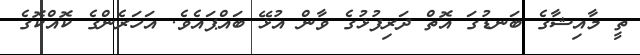
ތީ މާއިޝާގެ ބަނޑުގަ އޮތް ދަރިފުޅުގެ ވާން އުޅޭ ބައްޕައެވެ. އަހަރެންގެ ކޮއްކޮގެ